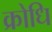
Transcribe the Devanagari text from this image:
क्रोधि